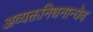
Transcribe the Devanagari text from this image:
अव्यक्तनिधनान्येव